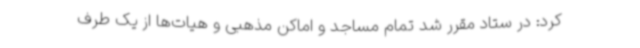
کرد: در ستاد مقرر شد تمام مساجد و اماکن مذهبی و هیات‌ها از یک طرف